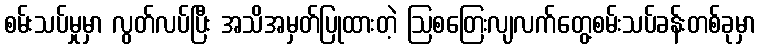
စမ်းသပ်မှုမှာ လွတ်လပ်ပြီး အသိအမှတ်ပြုထားတဲ့ ဩစတြေးလျလက်တွေ့စမ်းသပ်ခန်းတစ်ခုမှာ